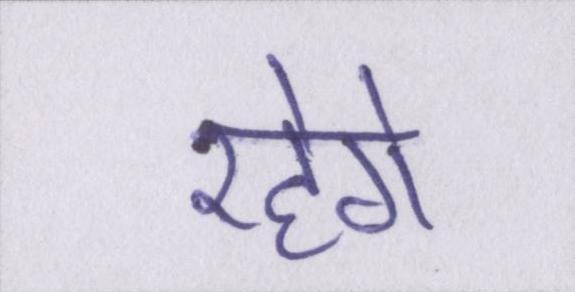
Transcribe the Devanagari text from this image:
रहेगे